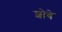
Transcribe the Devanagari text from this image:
शोबे